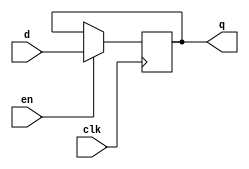
module dffl #(
    parameter DATA_WIDTH = 16
)(
    input wire clk,
    input wire en,
    input wire [DATA_WIDTH-1 : 0] d,

    output wire [DATA_WIDTH-1 : 0] q
);

reg [DATA_WIDTH-1 : 0] q_r;
assign q = q_r;

initial begin
    q_r <= 1'b0;
end

always @(posedge clk) begin
    if (en == 1'b1) begin
        q_r <= d;
    end
    else begin
        q_r <= q;
    end
end

endmodule